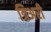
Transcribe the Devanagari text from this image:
त्रिअरी